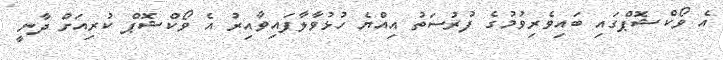
އެ ވޯކްޝޮޕްގައި ބަައިވެރިވުމުގެ ފުރުސަތު އިއްޔެ ހުޅުވާލާފައިވާއިރު އެ ވޯކްޝޮޕް ކުރިއަށް ދާނީ